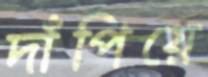
দাঁপিয়ে